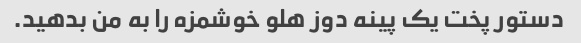
دستور پخت یک پینه دوز هلو خوشمزه را به من بدهید.